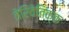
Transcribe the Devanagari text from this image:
तेरिवेतिक्क